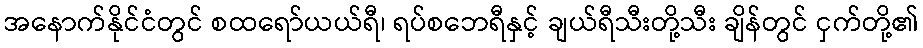
အနောက်နိုင်ငံတွင် စထရော်ယယ်ရီ၊ ရပ်စဘေရီနှင့် ချယ်ရီသီးတို့သီး ချိန်တွင် ငှက်တို့၏